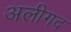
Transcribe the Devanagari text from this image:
अलीगद